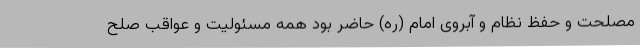
مصلحت و حفظ نظام و آبروی امام (ره) حاضر بود همه مسئولیت و عواقب صلح